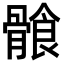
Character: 𩩶